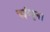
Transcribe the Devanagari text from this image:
चईय्युन।